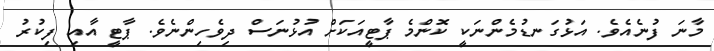
މާނަ ފުނެއެވެ. އަޅުގަނޑުމެންނަކީ ކޮންމެ ޕާޓީއަކަށް އުޅުނަސް ދިވެހިންނެވެ. ޕާޓީ އާއި ފިކުރު